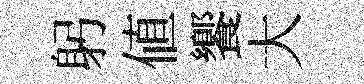
躬值饗大